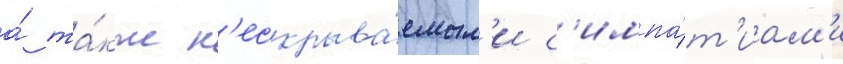
а́ та́кже н'ескрыва́емым'и с'импа́т'иам'и